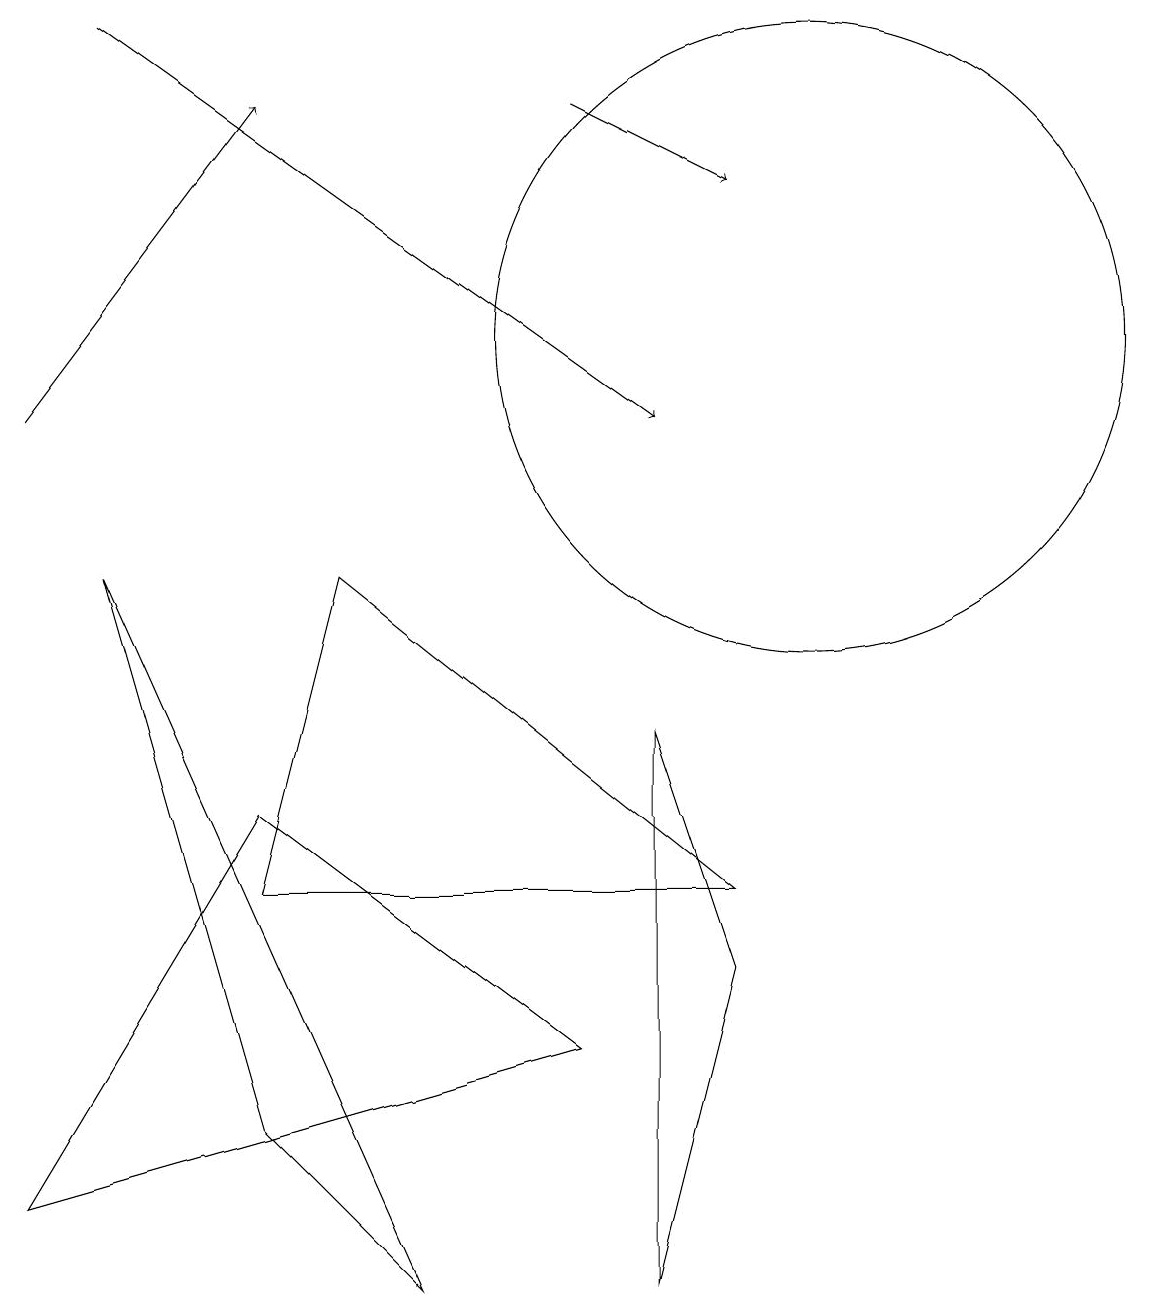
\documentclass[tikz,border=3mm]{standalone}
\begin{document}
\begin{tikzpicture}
\draw[->] (0,11) -- (3,15);
\draw[->] (1,16) -- (8,11);
\draw (3,2) -- (5,0) -- (1,9) -- cycle;
\draw[->] (7,15) -- (9,14);
\draw (0,1) -- (3,6) -- (7,3) -- cycle;
\draw (3,5) -- (9,5) -- (4,9) -- cycle;
\draw (8,7) -- (9,4) -- (8,0) -- cycle;
\draw (10,12) circle (4);
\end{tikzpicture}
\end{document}